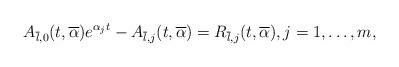
LaTeX: \begin{align*}A_{\overline{l}, 0}(t,\overline\alpha) e^{\alpha_j t} - A_{\overline{l}, j}(t,\overline\alpha) = R_{\overline{l},j}(t,\overline\alpha),j=1,\ldots,m,\end{align*}